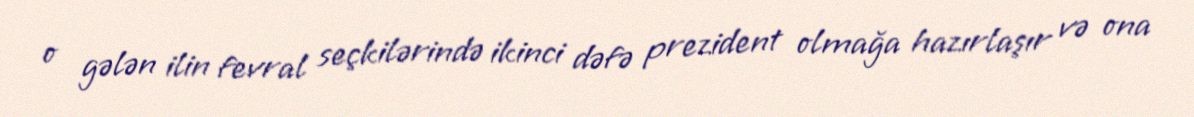
o gələn ilin fevral seçkilərində ikinci dəfə prezident olmağa hazırlaşır və ona